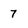
Character: 7